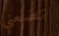
تضعني